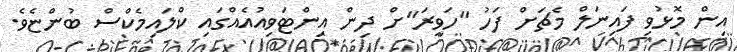
އިން މޮޅުވި ފައިނަލް މެޗަށް ފަހު "ހަވީރަ"ށް ދިން އިންޓަވިއުއެއްގައި ކްލައިމެކްސް ބުންޏެވެ.